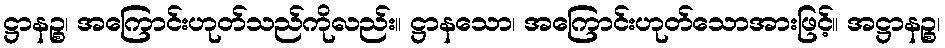
ဋ္ဌာနဉ္စ၊ အကြောင်းဟုတ်သည်ကိုလည်း။ ဋ္ဌာနသော၊ အကြောင်းဟုတ်သောအားဖြင့်။ အဋ္ဌာနဉ္စ၊